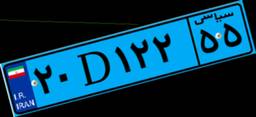
۰۸D۵۰۰۳۳